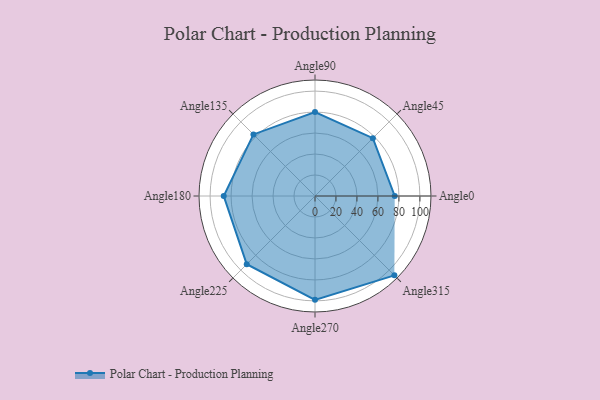
{"axis": {"x": "Angle", "y": "Radius"}, "legend": [""], "data": [{"x": "Angle0", "y": 76.0, "type": ""}, {"x": "Angle45", "y": 78.0, "type": ""}, {"x": "Angle90", "y": 80.0, "type": ""}, {"x": "Angle135", "y": 83.0, "type": ""}, {"x": "Angle180", "y": 87.0, "type": ""}, {"x": "Angle225", "y": 92.0, "type": ""}, {"x": "Angle270", "y": 99.0, "type": ""}, {"x": "Angle315", "y": 107.0, "type": ""}]}